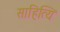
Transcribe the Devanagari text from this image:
साहित्यि